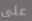
علي